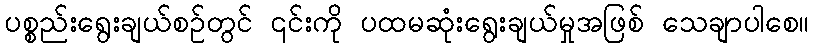
ပစ္စည်းရွေးချယ်စဉ်တွင် ၎င်းကို ပထမဆုံးရွေးချယ်မှုအဖြစ် သေချာပါစေ။